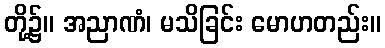
တို့၌။ အညာဏံ၊ မသိခြင်း မောဟတည်း။